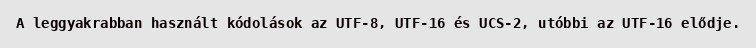
A leggyakrabban használt kódolások az UTF-8, UTF-16 és UCS-2, utóbbi az UTF-16 elődje.